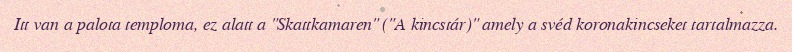
Itt van a palota temploma, ez alatt a "Skattkamaren" ("A kincstár)" amely a svéd koronakincseket tartalmazza.